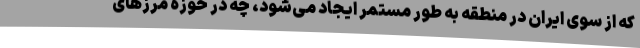
که از سوی ایران در منطقه به طور مستمر ایجاد می‌شود، چه در حوزه مرزهای